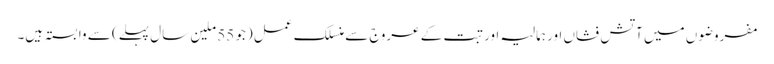
مفروضوں میں آتش فشاں اور ہمالیہ اور تبت کے عروج سے منسلک عمل (جو 55 ملین سال پہلے) سے وابستہ ہیں۔